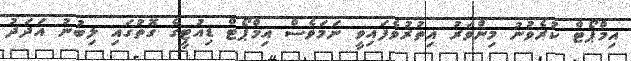
އިމްޕޯޓް ކުރެވުނު މިންވަރު އިތުރުވެފައިވީ ނަމަވެސް އިމްޕޯޓް ޑިއުޓީގެ ގޮތުގައި ލިބުނު އަދަދު